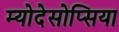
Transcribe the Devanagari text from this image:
म्योदेसोप्सिया